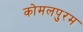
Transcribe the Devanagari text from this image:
कोमलपुरम